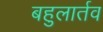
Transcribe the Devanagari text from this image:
बहुलार्तव